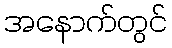
အနောက်တွင်